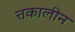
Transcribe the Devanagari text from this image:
त्तकालीन